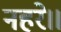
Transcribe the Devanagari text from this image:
नहरे॥